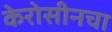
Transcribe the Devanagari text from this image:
केरोसीनचा